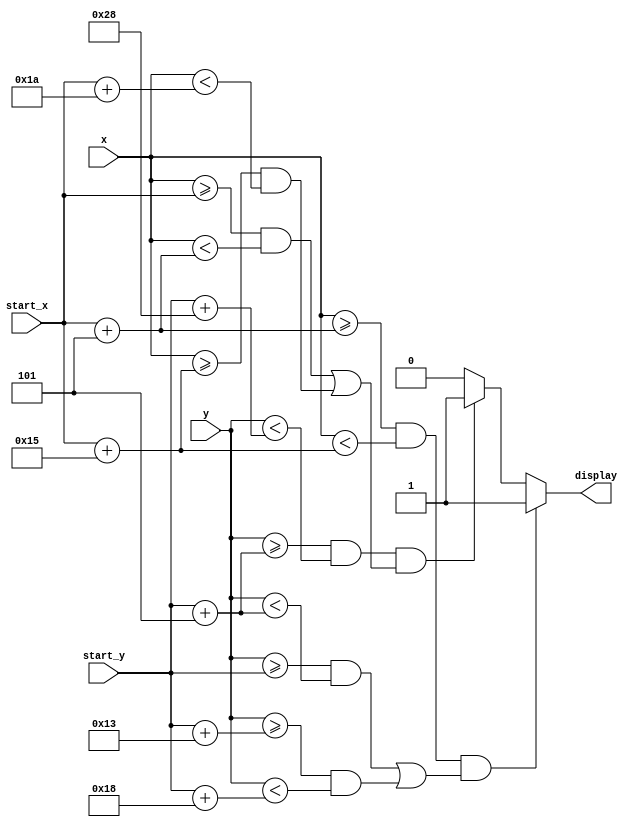
`timescale 1ns / 1ps
//////////////////////////////////////////////////////////////////////////////////
// Company: 
// Engineer: 
// 
// Design Name: 
// Module Name: char_a
// Project Name: 
// Target Devices: 
// Tool Versions: 
// Description: 
// 
// Dependencies: 
// 
// Revision:
// Revision 0.01 - File Created
// Additional Comments:
// 
//////////////////////////////////////////////////////////////////////////////////


module char_a(
    input [31:0] start_x,
    input [31:0] start_y,
    input [9:0] x,
    input [9:0] y,
    output reg display
    );
    
    initial 
        display = 0;
    always @(x or y)
    begin
        if ((x >= start_x + 5) && (x < start_x + 21) && (((y >= start_y) && (y < start_y + 5)) || ((y >= start_y + 19) && (y < start_y + 24))))
            display = 1;
        else if ((y >= start_y + 5) && (y < start_y + 40) && (((x >= start_x) && (x < start_x + 5)) || ((x >= start_x + 21) && (x < start_x + 26))))
            display = 1;
        else display = 0;
    end
endmodule